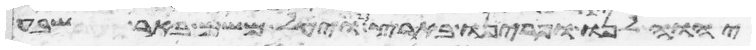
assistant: יהוה לנו ופרינו בארץ ויעל משם באר שבע